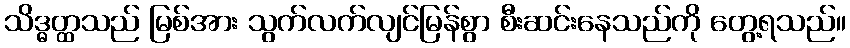
သိဒ္ဓတ္ထသည် မြစ်အား သွက်လက်လျင်မြန်စွာ စီးဆင်းနေသည်ကို တွေ့ရသည်။